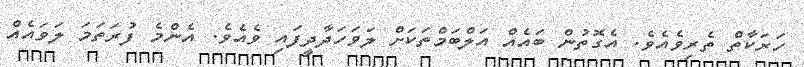
ހަރަކާތް ތެރިވެއެވެ. އެގޮތުން ބައެއް އަލްބަމްތަކަށް ލަވަހަދާދީފައި ވެއެވެ. އެންމެ ފުރަތަމަ ލަވައެއް